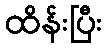
ထိန်းပြီး